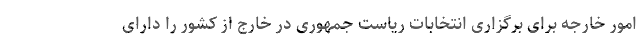
امور خارجه برای برگزاری انتخابات ریاست جمهوری در خارج از کشور را دارای